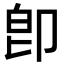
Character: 卽